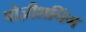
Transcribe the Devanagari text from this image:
पोज़ीशनिंग